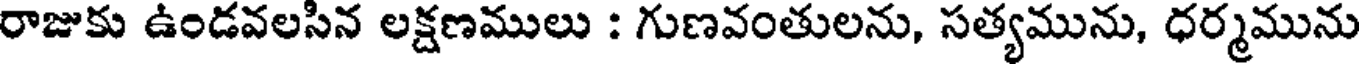
రాజుకు ఉండవలసిన లక్షణములు : గుణవంతులను, సత్యమును, ధర్మమును